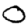
Digit: 0